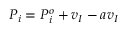
P _ { i } = P _ { i } ^ { o } + v _ { I } - a v _ { I }